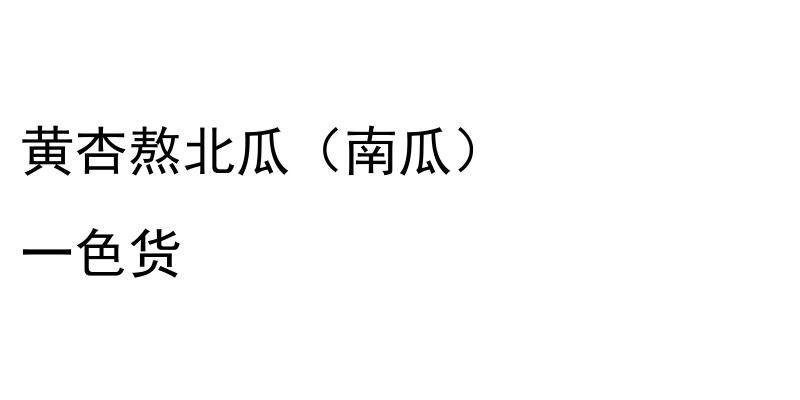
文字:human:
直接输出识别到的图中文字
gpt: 黄杏熬北瓜（南瓜） 一色货